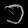
Digit: ၁